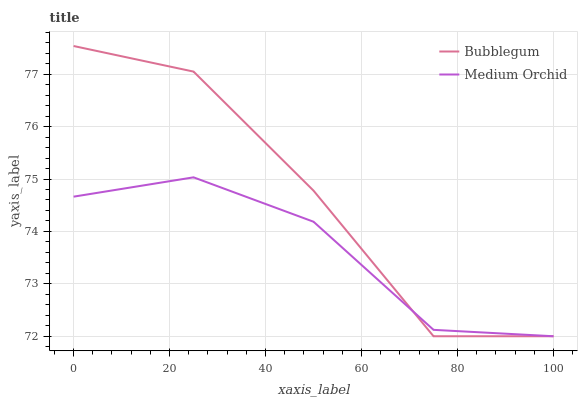
| xaxis_label | Bubblegum | Medium Orchid |
 | --- | --- | --- |
 | 0 | 77.5 | 74.7 |
 | 25 | 77 | 75 |
 | 50 | 74.8 | 74.2 |
 | 75 | 72 | 72.1 |
 | 100 | 72 | 72 |